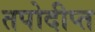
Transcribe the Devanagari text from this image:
तपोदीप्त